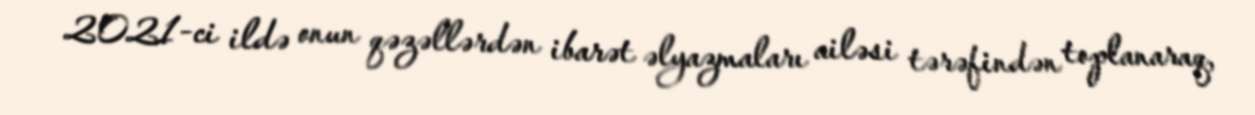
2021-ci ildə onun qəzəllərdən ibarət əlyazmaları ailəsi tərəfindən toplanaraq,